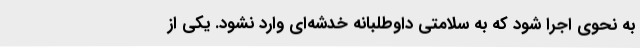
به نحوی اجرا شود که به سلامتی داوطلبانه خدشه‌ای وارد نشود. یکی از